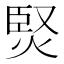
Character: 㷂